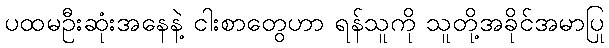
ပထမဦးဆုံးအနေနဲ့ ငါးစာတွေဟာ ရန်သူကို သူတို့အခိုင်အမာပြု